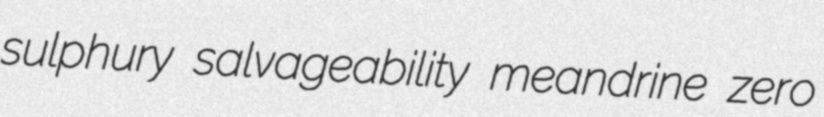
sulphury salvageability meandrine zero